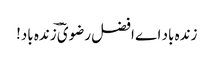
زندہ باد اے افضل رضویؔ ؔزندہ باد!